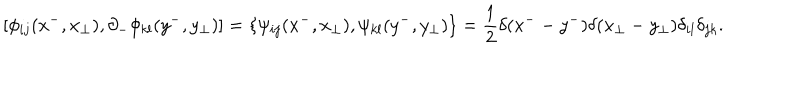
LaTeX: \left[ \phi _ { i j } ( x ^ { - } , x _ { \perp } ) , \partial _ { - } \phi _ { k l } ( y ^ { - } , y _ { \perp } ) \right] = \left\{ \psi _ { i j } ( x ^ { - } , x _ { \perp } ) , \psi _ { k l } ( y ^ { - } , y _ { \perp } ) \right\} = \frac { 1 } { 2 } \delta ( x ^ { - } - y ^ { - } ) \delta ( x _ { \perp } - y _ { \perp } ) \delta _ { i l } \delta _ { j k } .